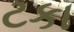
ટકા